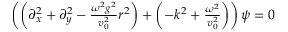
\begin{array} { r } { \left( \left( \partial _ { x } ^ { 2 } + \partial _ { y } ^ { 2 } - \frac { \omega ^ { 2 } g ^ { 2 } } { v _ { 0 } ^ { 2 } } r ^ { 2 } \right) + \left( - k ^ { 2 } + \frac { \omega ^ { 2 } } { v _ { 0 } ^ { 2 } } \right) \right) \psi = 0 } \end{array}